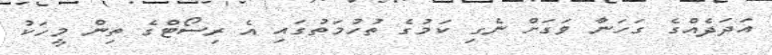
އަދަދެއްގެ ގަހަނާ ވަގަށް ނެގި ކަމުގެ ތުހުމަތުގައި އެ ރިސޯޓްގެ ތިން މީހަކު